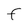
Character: F